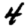
Digit: 4